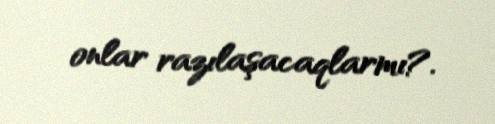
onlar razılaşacaqlarmı?.